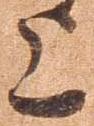
上